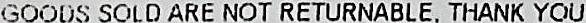
GOODS SOLD ARE NOT RETURNABLE.THANK YOU